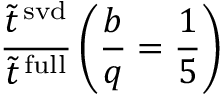
\frac { \tilde { t } ^ { \mathrm { \, s v d } } } { \tilde { t } ^ { \mathrm { \, f u l l } } } \left( \frac { b } { q } = \frac { 1 } { 5 } \right)